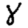
Digit: 8